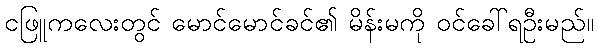
ငဖြူကလေးတွင် မောင်မောင်ခင်၏ မိန်းမကို ဝင်ခေါ်ရဦးမည်။